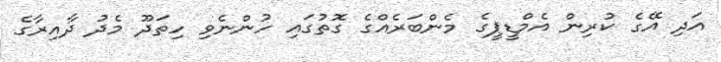
އަދި އޭގެ ކުރިން އެމްޑީޕީގެ މެންބަރެއްގެ ގޮތުގައި ހުންނެވި ހިތަދޫ މެދު ދާއިރާގެ